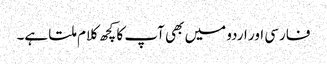
فارسی اور اردو میں بھی آپ کا کچھ کلام ملتا ہے۔